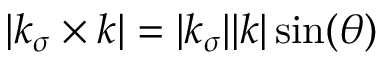
| \boldsymbol { k } _ { \sigma } \times \boldsymbol { k } | = | \boldsymbol { k } _ { \sigma } | | \boldsymbol { k } | \sin ( \theta )